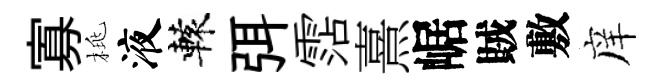
寡桃液轅弭霑熹崌賊敷庠